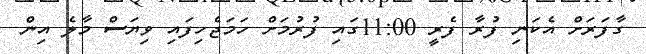
ގާފަރަށް އެކަނި ފުރާ ފެރީ 11:00ގައި ފުރުމަށް ހަމަޖެހިފައި ވިޔަސް މާލެ އިން